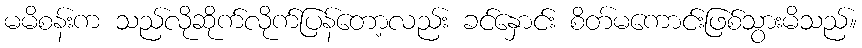
မမိစန်းက သည်လိုဆိုက်လိုက်ပြန်တော့လည်း ခင်နှောင်း စိတ်မကောင်းဖြစ်သွားမိသည်။